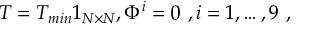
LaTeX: T = T _ { m i n } 1 _ { N \times N } , \Phi ^ { i } = 0 \ , i = 1 , \dots , 9 \ ,